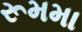
રૂમમા